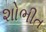
શોભીત